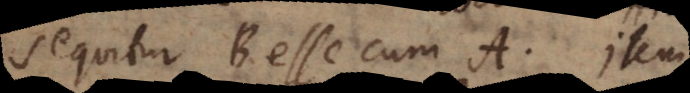
sequitur B esse cum A. Item